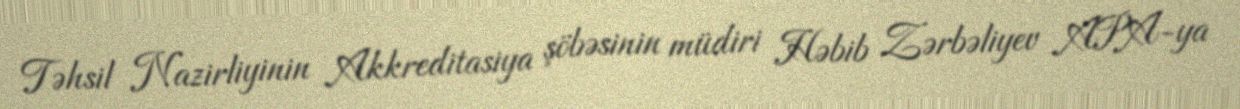
Təhsil Nazirliyinin Akkreditasiya şöbəsinin müdiri Həbib Zərbəliyev APA-ya